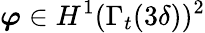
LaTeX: \boldsymbol{\varphi}\in H^{1}(\Gamma_{t}(3\delta))^{2}